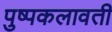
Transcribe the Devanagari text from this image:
पुष्पकलावती